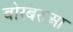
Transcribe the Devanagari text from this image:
बोरबरुआ